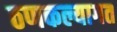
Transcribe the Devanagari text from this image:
ठणकल्यागत